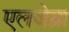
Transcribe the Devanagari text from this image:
एलजेब्रा